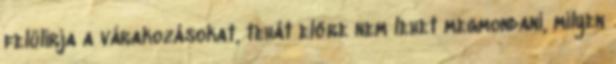
felülírja a várakozásokat, tehát előre nem lehet megmondani, milyen